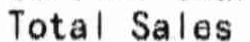
TOTAL SALES